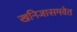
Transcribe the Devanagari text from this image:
खनिजासमवेत